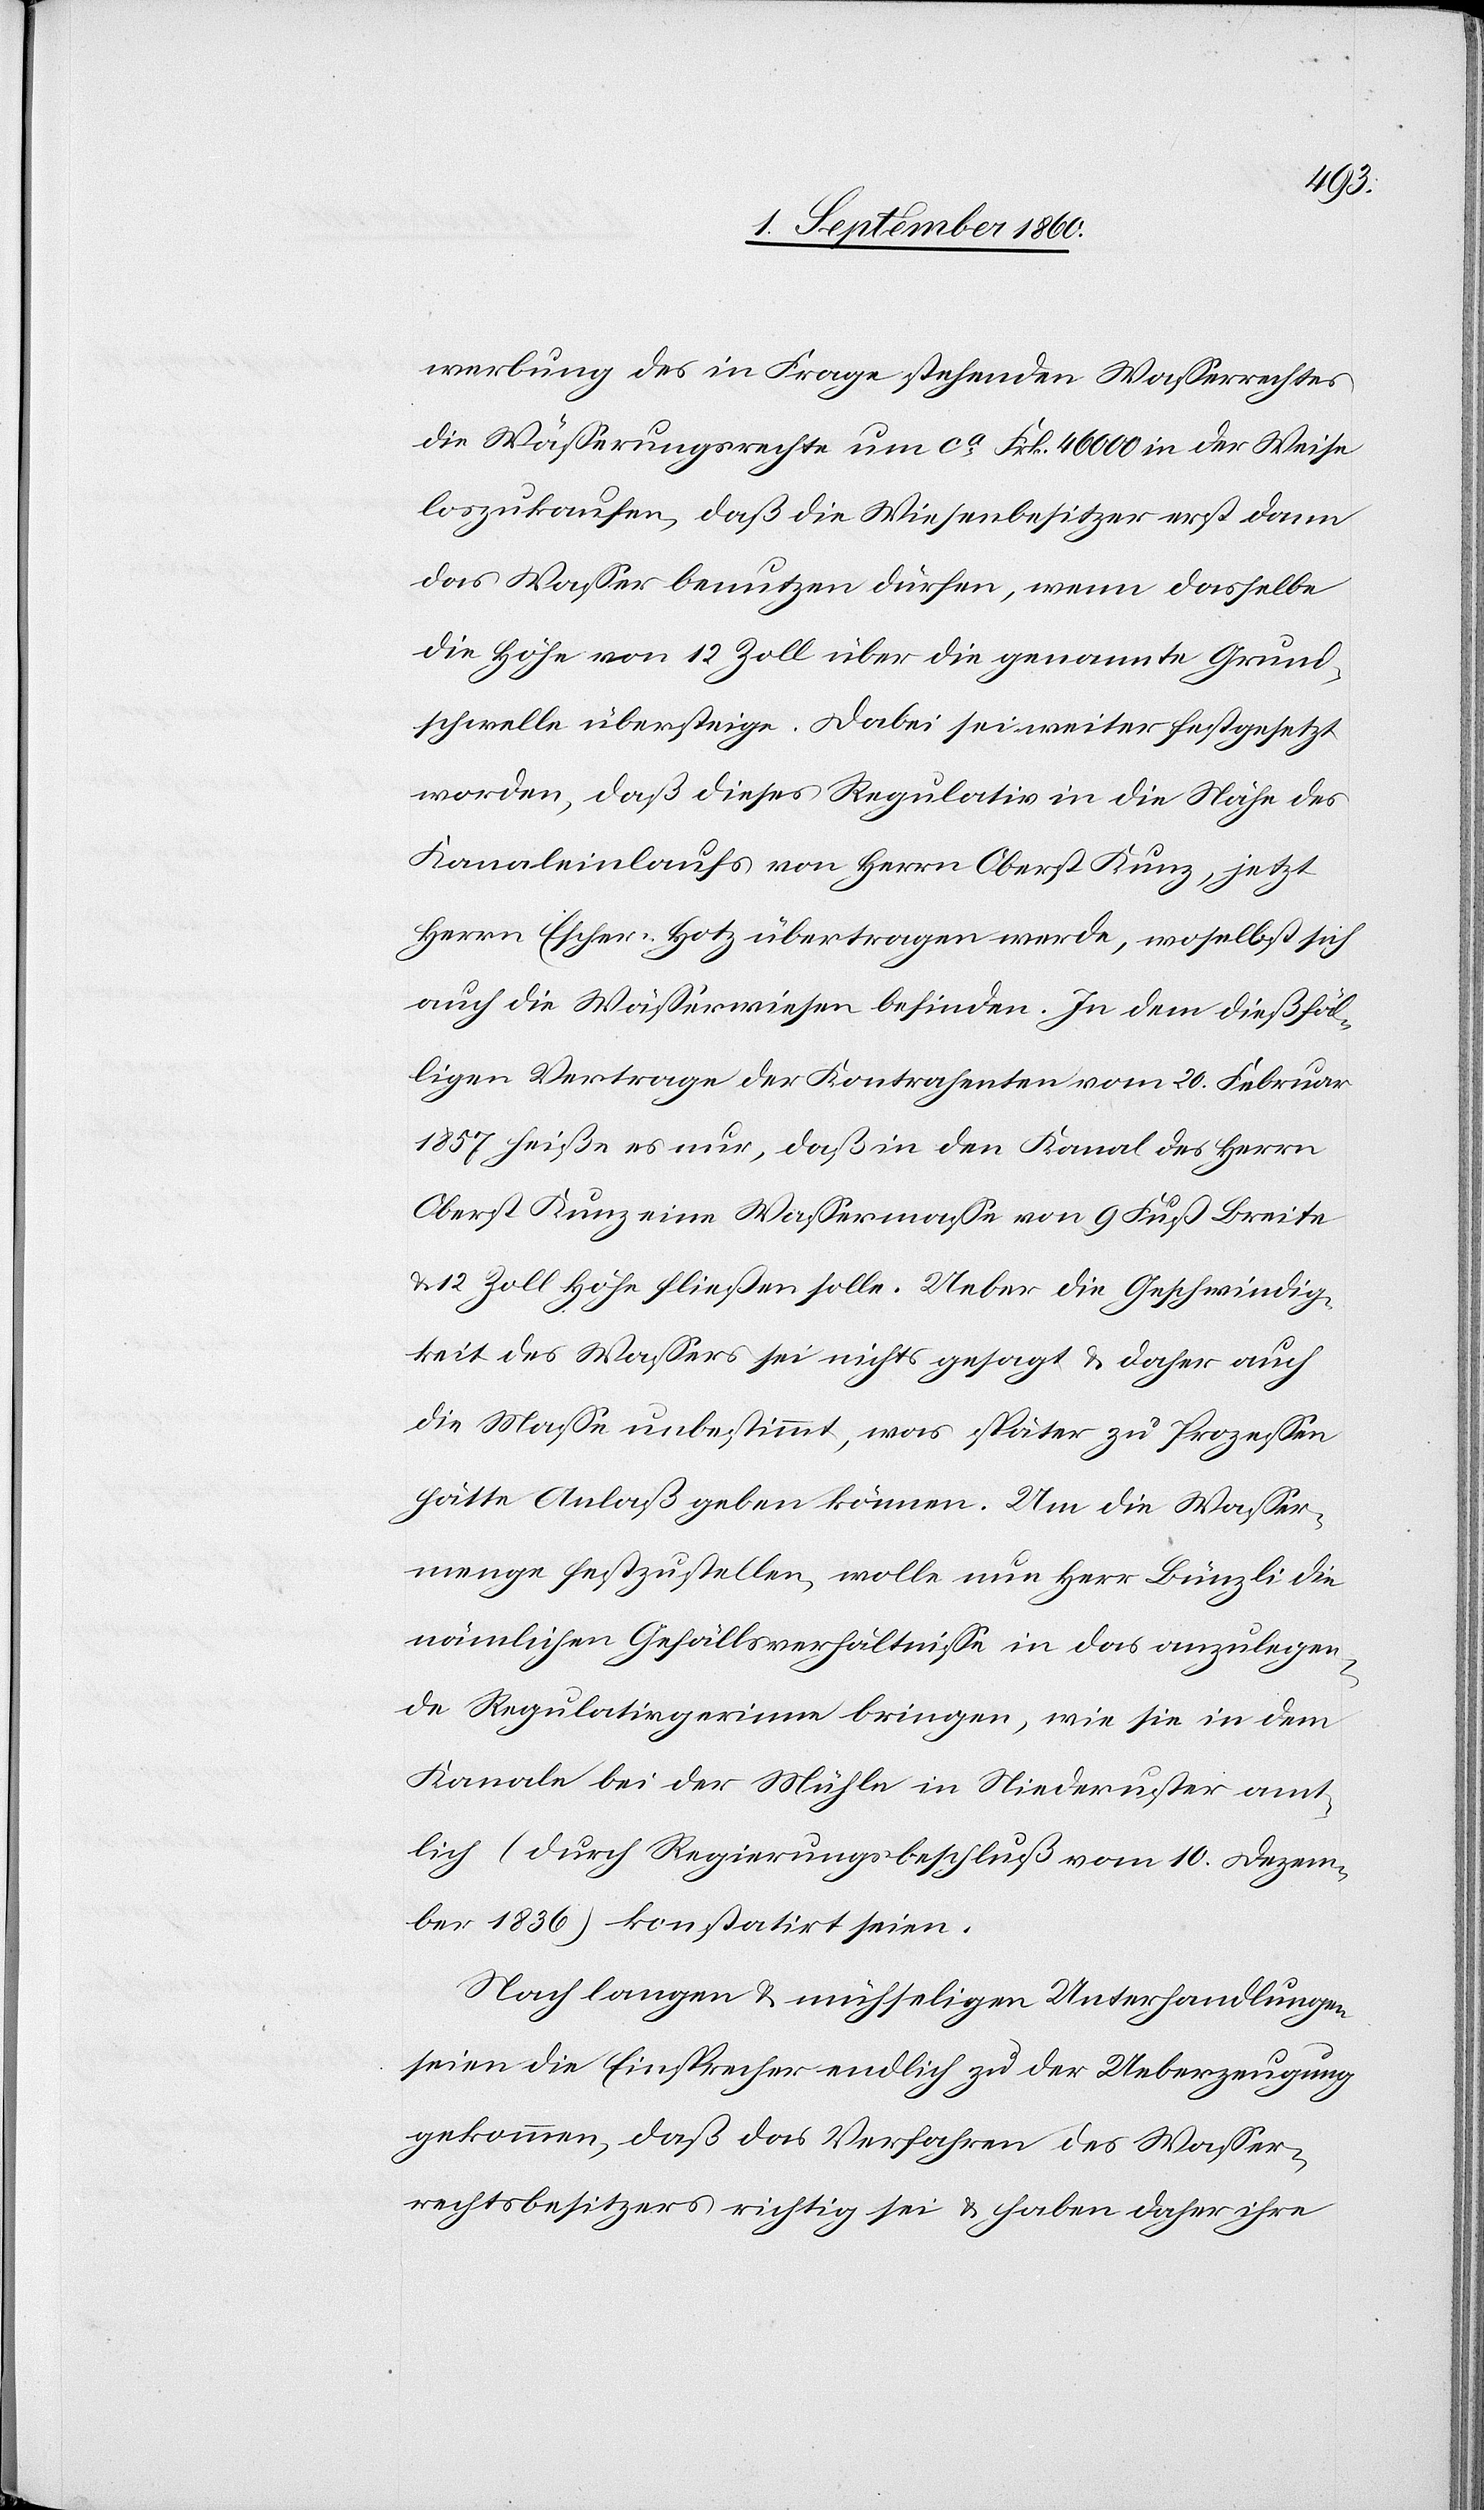
bung des in Frage stehenden Wasserrechtes
die Wässerungsrechte um ca Frk. 46 000 in der Weise
loszukaufen, dass die Wiesenbesitzer erst dann
das Wasser benutzen dürfen, wenn dasselbe
die Höhe von 12 Zoll über die genannte Grund¬
schwelle übersteige. Dabei sei weiter festgesetzt
worden, dass dieses Regulativ in die Nähe des
Kanaleinlaufs von Hrn. Oberst Kunz, jetzt
Hrn. Escher-Hotz übertragen werde, woselbst sich
auch die Wässerwiesen befinden. In dem diesfäl¬
ligen Vertrage der Kontrahenten vom 20. Hornung
1857 heisse es nur, dass in den Kanal des Hrn.
Oberst Kunz eine Wassermasse von 9 Fuss Breite
u. 12 Zoll Höhe fliessen solle. Ueber die Geschwindig¬
keit des Wassers sei nichts gesagt u. daher auch
die Masse unbestimmt, was später zu Prozessen
hätte Anlass geben können. Um die Wasser¬
menge festzustellen, wolle nun Hs. Bünzli die
nämlichen Gefällsverhältnisse in das anzulegen¬
de Regulativgerinne bringen, wie sie in dem
Kanale bei der Mühle in Niederuster amt¬
lich (durch Regierungsbeschluss vom 10t Christm¬
onat 1836) konstatirt seien.
Nach langen u. mühseligen Unterhandlungen
seien die Einsprecher endlich zu der Ueberzeugung
gekommen, dass das Verfahren des Wasser¬
rechtsbesitzers richtig sei u. haben daher ihre